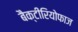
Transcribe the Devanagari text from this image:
बैक्टीरियोफाज